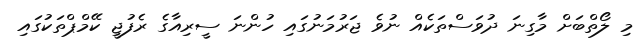
މި ލޯތްބަށް މާގިނަ ދުވަސްތަކެއް ނުވެ ޖަރުމަނުގައި ހުންނަ ސީރިއާގެ ރެފުޖީ ކޭމްޕްތަކުގައި